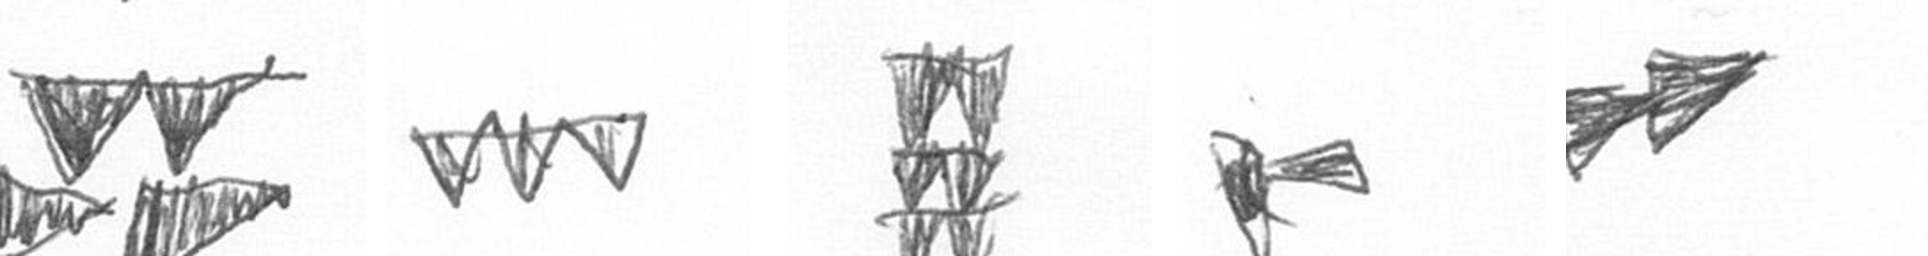
B L Y F A